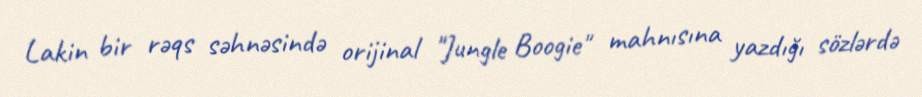
Lakin bir rəqs səhnəsində orijinal "Jungle Boogie" mahnısına yazdığı sözlərdə